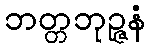
ဘတ္တဘုဉ္ဇနံ